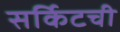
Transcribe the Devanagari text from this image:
सर्किटची